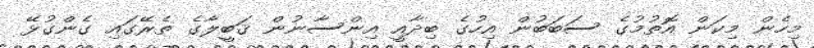
މިހެން މިކަން އޮތުމުގެ ސަބަބުން އިހުގެ ބިދާއީ އިންސާނުން ޤަބީލާގެ ތެރޭގައި ގެންގުޅޭ